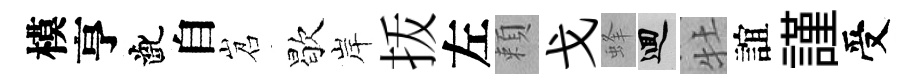
模亨齔自岧歇岸㧞左頼戈蜂回牡誼謹受